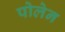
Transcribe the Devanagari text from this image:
पोलेन